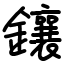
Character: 鑲